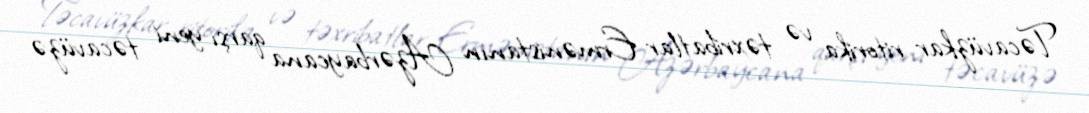
Təcavüzkar ritorika və təxribatlar Ermənistanın Azərbaycana qarşı yeni təcavüzə